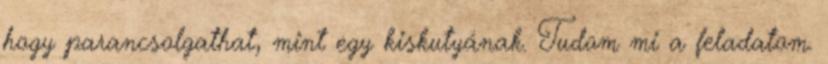
hogy parancsolgathat, mint egy kiskutyának. Tudom mi a feladatom.